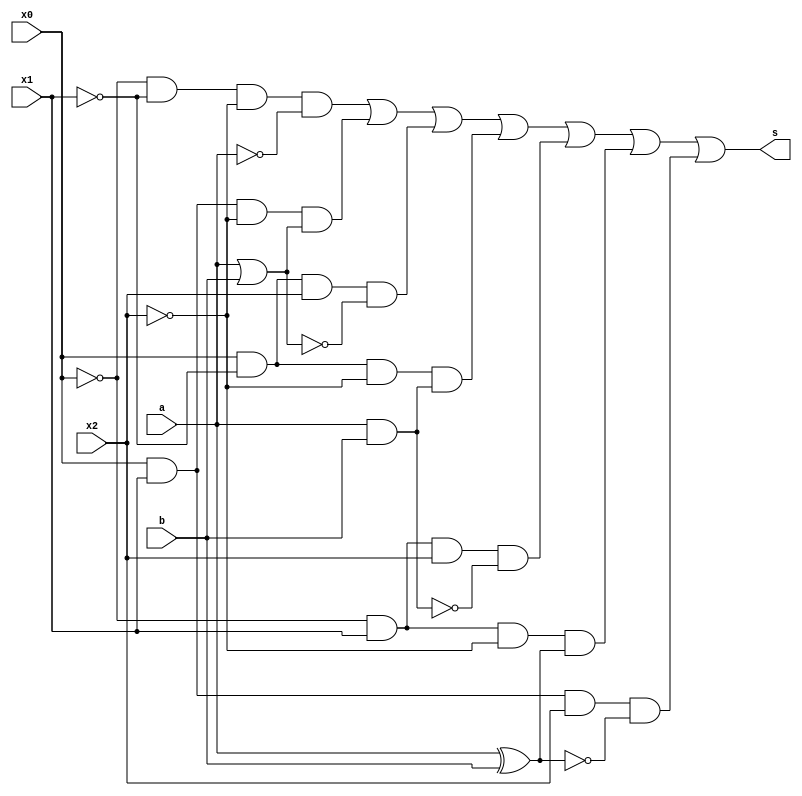
// -------------------------
// Exemplo0035 - F4
// Nome: Bernardo Augusto Godinho de Oliveira
// -------------------------
// -------------------------
// f4_gate
// -------------------------
module f4 (output s,
input a,
input b,
input x0,
input x1,
input x2);

wire pnot;
not not1 (pnot, a);
wire por;
or or1 (por, a, b);
wire pnor;
nor nor1 (pnor, a, b);
wire pand;
and and1 (pand, a, b);
wire pnand;
nand nand1 (pnand, a, b);
wire pxor;
xor xor1 (pxor, a, b);
wire pxnor;
xnor xnor1 (pxnor, a, b);

wire a1;
wire a2;
wire a3;
wire a4;
wire a5;
wire a6;
wire a7;
// USAR PORTA not PARA ~x1, ~x2, ~x0 TAMBEM
and an1 (a1, ~x0, ~x1, ~x2, pnot);
and an2 (a2, x0, x1, ~x2, por);
and an3 (a3, x0, ~x1, x2, pnor);
and an4 (a4, x0, ~x1, ~x2, pand);
and an5 (a5, ~x0, x1, x2, pnand);
and an6 (a6, ~x0, x1, ~x2, pxor);
and an7 (a7, x0, x1, x2, pxnor);
or orfinal (s, a1, a2, a3, a4, a5, a6, a7);

endmodule // f4
module test_f4;
// ------------------------- definir dados
reg x;
reg y;
reg i0;
reg i1;
reg i2;
wire z0;
f4 modulo (z0, x, y, i0, i1, i2);
// ------------------------- parte principal
initial begin

x = 0; y = 1; i0 = 0; i1 = 0; i2 = 0;
// projetar testes do modulo
#1 $display("%3b %3b %3b",x,y, z0);
end
endmodule // test_f4